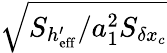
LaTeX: \sqrt{S_{h_{\mathrm{eff}}^{\prime}}/a_{1}^{2}S_{\delta x_{c}}}